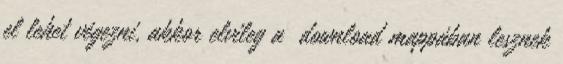
el lehet végezni, akkor elvileg a download mappában lesznek